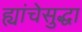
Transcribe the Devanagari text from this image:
ह्यांचेसुद्धा